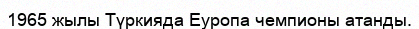
1965 жылы Түркияда Еуропа чемпионы атанды.